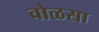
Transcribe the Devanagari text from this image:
वोळसा